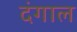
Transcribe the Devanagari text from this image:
दंगाल